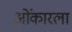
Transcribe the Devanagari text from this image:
ओंकारला